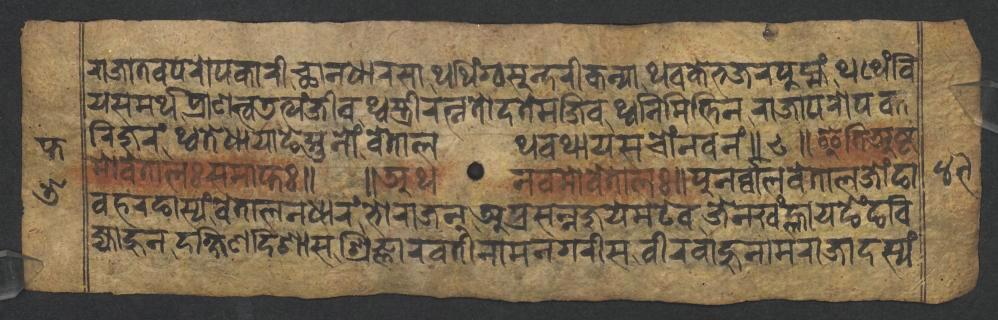
𑐬𑐵𑐖𑐵𑐟𑐰𑐥𑐬𑑀𑐥𑐎𑐵𑐬𑐷𑐕𑐵𑐣𑐢𑐵𑐬𑐳𑐵𑐠𑐠𑐶𑑄𑐐𑑂𑐰𑐳𑐸𑐣𑑂𑐡𑐬𑐷𑐎𑐣𑑂𑐫𑐵𑐠𑐰𑐎𑐾𑐨𑐖𑐬𑐥𑐸𑐩𑑂𑐴𑑄𑐠𑐠𑐶𑑄𑐧𑐶 𑐫𑐳𑐩𑐬𑑂𑐠𑐥𑑂𑐬𑐵𑐞𑐟𑑂𑐰𑐜𑐟𑑂𑐫𑑄𑐖𑐷𑐰𑐠𑑂𑐰𑐳𑑂𑐟𑑂𑐬𑐷𑐬𑐟𑑂𑐣𑐟𑑀𑐡𑐟𑐾𑐩𑐖𑐶𑐰𑐠𑑂𑐰𑐣𑐶𑐩𑐶𑐟𑑂𑐟𑐶𑐣𑐬𑐵𑐖𑐵𑐥𑐬𑑀𑐥𑐎𑐵 𑐬𑐶𑐖𑐸𑐬𑑄𑐠𑑂𑐰𑐟𑐾𑐢𑐵𑐫𑐵𑐒𑐾𑐳𑑂𑐟𑐸𑐣𑑀𑑄𑐰𑐾𑐟𑐵𑐮𑐠𑐰𑐠𑐵𑐫𑐳𑐔𑑀𑑄𑐣𑐰𑐣𑑄𑑌𑑘𑑌𑐂𑐟𑐶𑐀𑐲𑑂𑐚 𑐩𑑀𑐰𑐾𑐟𑐵𑐮𑑅𑐳𑐩𑐵𑐥𑑂𑐟𑑅𑑌 𑑌𑐀𑐠𑐣𑐰𑐩𑑀𑐰𑐾𑐟𑐵𑐮𑑅𑑌𑐥𑐸𑐣𑐬𑑂𑐰𑑂𑐰𑐵𑐮𑐰𑐾𑐟𑐵𑐮𑐖𑑀𑑄𑐒𑐵 𑐰𑐴𑐬𑐒𑐵𑐳𑑂𑐫𑑄𑐰𑐾𑐟𑐵𑐮𑐣𑐢𑐵𑐬𑑄𑐨𑑀𑐬𑐵𑐖𑐣𑐥𑑂𑐬𑐳𑐣𑑂𑐣𑐖𑐸𑐫𑐾𑐩𑐚𑐾𑐰𑐖𑐾𑐣𑐏𑑄𑐮𑑂𑐴𑐵𑐫𑐒𑐾𑑄𑐒𑐧𑐶 𑐖𑑂𑐫𑐵𑐴𑐸𑐣𑐡𑐎𑑂𑐲𑐶𑐞𑐡𑐶𑐱𑐵𑐳𑐱𑑂𑐬𑐶𑐖𑑂𑐘𑐵𑐬𑐰𑐟𑐷𑐣𑐵𑐩𑐣𑐐𑐬𑐷𑐳𑐰𑐷𑐬𑐧𑐵𑐴𑐸𑐣𑐵𑐩𑐬𑐵𑐖𑐵𑐡𑐳𑑂𑐫𑑄